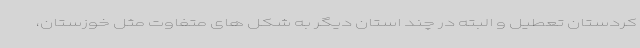
کردستان تعطیل و البته در چند استان دیگر به شکل های متفاوت مثل خوزستان،